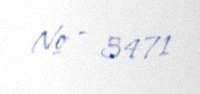
№ - 3471